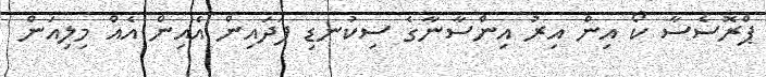
ޕްރޮސެސާ ކޯ އިން އިރު އިންސާނާގެ ސިކުނޑި ފަދައިން އެއިން އެއް މިލިއަން